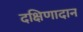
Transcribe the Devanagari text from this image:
दक्षिणादान